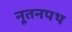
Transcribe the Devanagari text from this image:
नूतनपथ